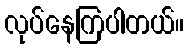
လုပ်နေကြပါတယ်။